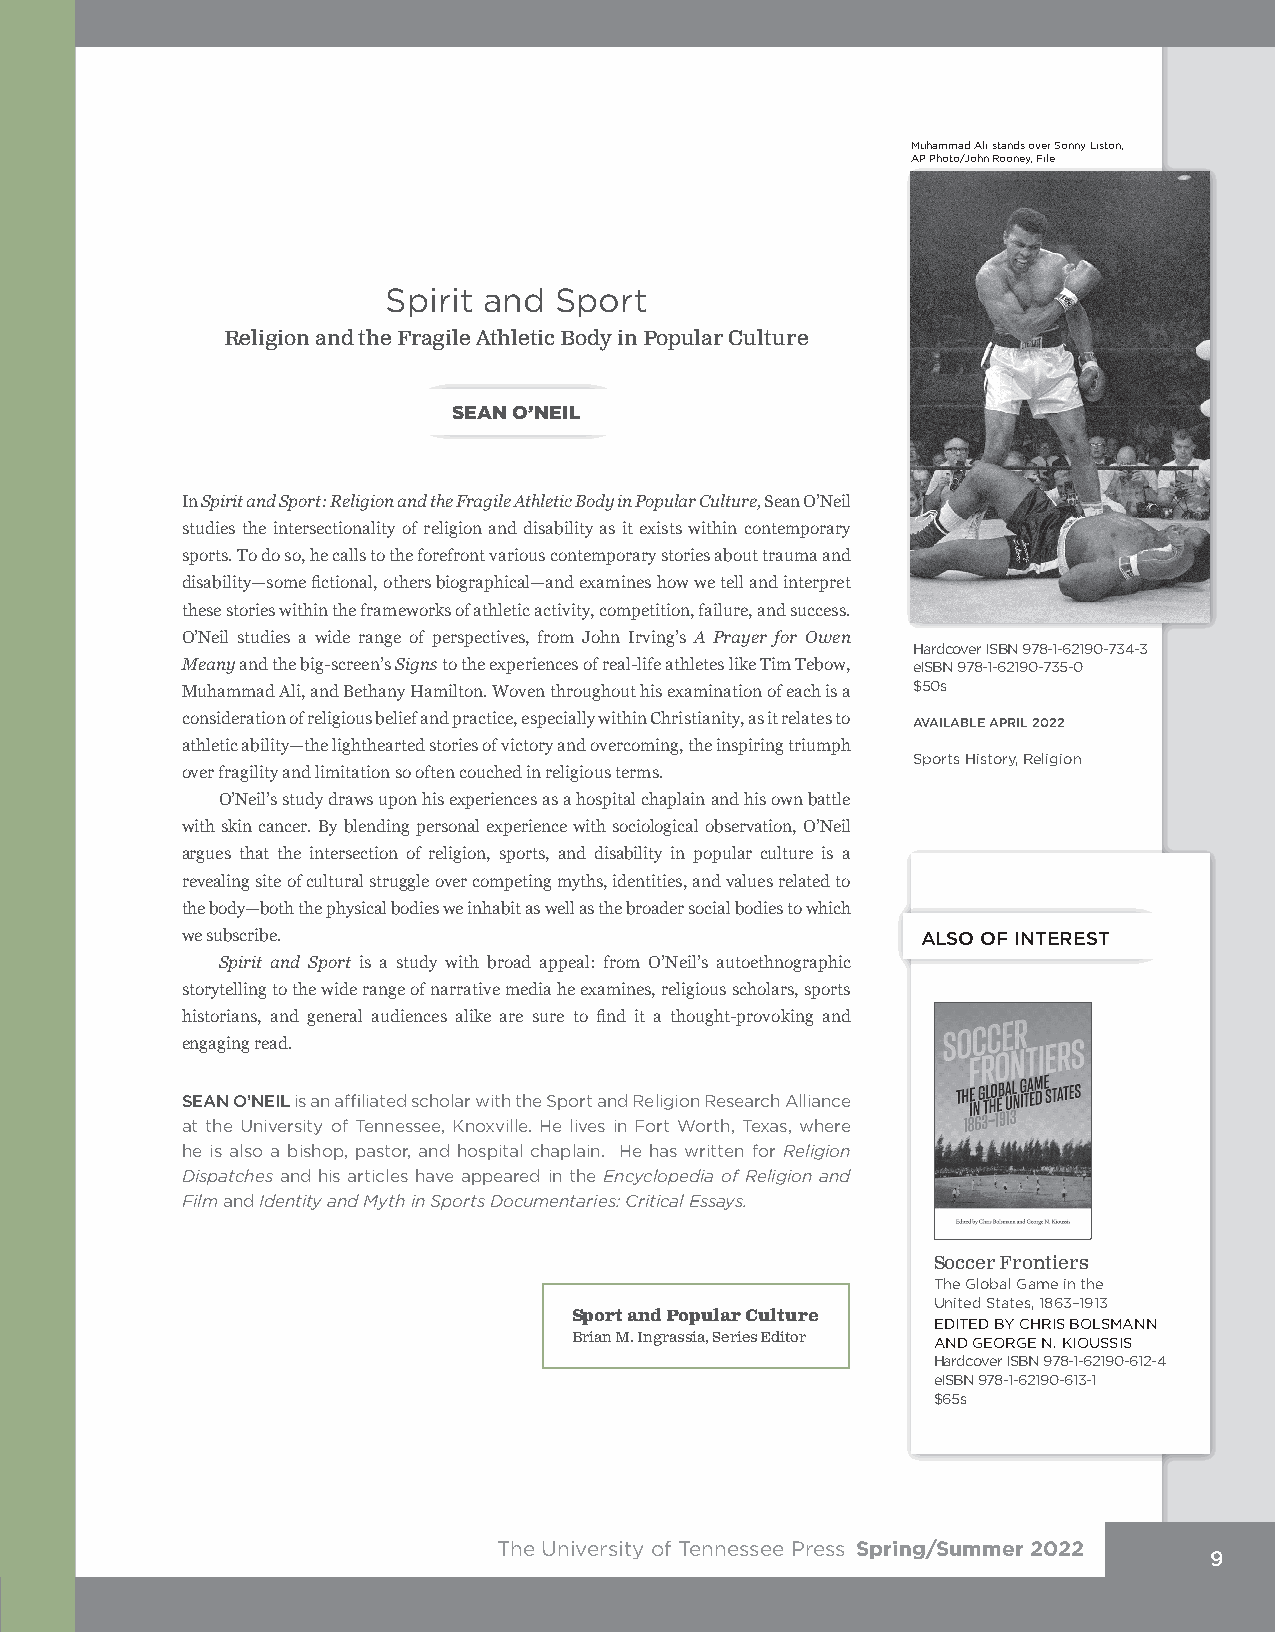
Muhammad Ali stands over Sonny Liston,
 AP Photo/John Rooney, File
 Spirit and Sport
 Religion and the Fragile Athletic Body in Popular Culture
 SEAN O’NEIL
 In Spirit and Sport: Religion and the Fragile Athletic Body in Popular Culture, Sean O’Neil
 studies the intersectionality of religion and disability as it exists within contemporary
 sports. To do so, he calls to the forefront various contemporary stories about trauma and
 disability—some fictional, others biographical—and examines how we tell and interpret
 these stories within the frameworks of athletic activity, competition, failure, and success.
 O’Neil studies a wide range of perspectives, from John Irving’s A Prayer for Owen
 Hardcover ISBN 978-1-62190-734-3
 Meany and the big-screen’s Signs to the experiences of real-life athletes like Tim Tebow, eISBN 978-1-62190-735-0
 Muhammad Ali, and Bethany Hamilton. Woven throughout his examination of each is a $50s
 consideration of religious belief and practice, especially within Christianity, as it relates to AVAILABLE APRIL 2022
 athletic ability—the lighthearted stories of victory and overcoming, the inspiring triumph
 Sports History, Religion
 over fragility and limitation so often couched in religious terms.
 O’Neil’s study draws upon his experiences as a hospital chaplain and his own battle
 with skin cancer. By blending personal experience with sociological observation, O’Neil
 argues that the intersection of religion, sports, and disability in popular culture is a
 revealing site of cultural struggle over competing myths, identities, and values related to
 the body—both the physical bodies we inhabit as well as the broader social bodies to which
 we subscribe.                                    ALSO OF INTEREST
 Spirit and Sport is a study with broad appeal: from O’Neil’s autoethnographic
 storytelling to the wide range of narrative media he examines, religious scholars, sports
 historians, and general audiences alike are sure to find it a thought-provoking and
 engaging read.
 SEAN O’NEIL is an affiliated scholar with the Sport and Religion Research Alliance
 at the University of Tennessee, Knoxville. He lives in Fort Worth, Texas, where
 he is also a bishop, pastor, and hospital chaplain. He has written for Religion
 Dispatches and his articles have appeared in the Encyclopedia of Religion and
 Film and Identity and Myth in Sports Documentaries: Critical Essays.
 Soccer Frontiers
 The Global Game in the
 United States, 1863–1913
 Sport and Popular Culture
 EDITED BY CHRIS BOLSMANN
 Brian M. Ingrassia, Series Editor AND GEORGE N. KIOUSSIS
 Hardcover ISBN 978-1-62190-612-4
 eISBN 978-1-62190-613-1
 $65s
 The University of Tennessee Press Spring/Summer 2022
 9